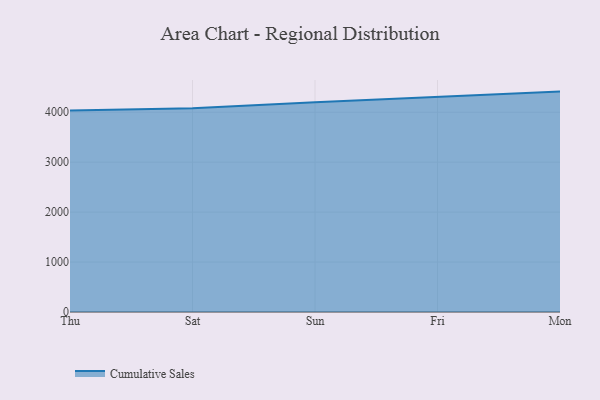
{"axis": {"x": "Day", "y": "Energy Usage (MWh)"}, "legend": ["Cumulative Sales"], "data": [{"x": "Thu", "y": 4037.3, "type": "Cumulative Sales"}, {"x": "Sat", "y": 4082.1, "type": "Cumulative Sales"}, {"x": "Sun", "y": 4197.8, "type": "Cumulative Sales"}, {"x": "Fri", "y": 4312.7, "type": "Cumulative Sales"}, {"x": "Mon", "y": 4413.3, "type": "Cumulative Sales"}]}